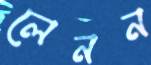
লেনন